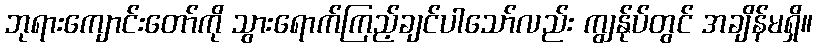
ဘုရားကျောင်းတော်ကို သွားရောက်ကြည့်ချင်ပါသော်လည်း ကျွန်ုပ်တွင် အချိန်မရှိ။